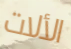
الألات